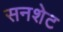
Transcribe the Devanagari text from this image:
सनशेट